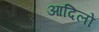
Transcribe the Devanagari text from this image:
आदिलों